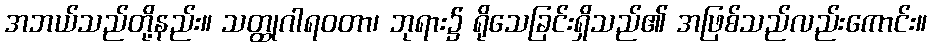
အဘယ်သည်တို့နည်း။ သတ္ထုဂါရဝတာ၊ ဘုရား၌ ရိုသေခြင်းရှိသည်၏ အဖြစ်သည်လည်းကောင်း။